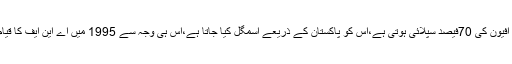
پاکستان میں اینٹی نارکوٹکس فورس منشیات کے پھیلاو کو روکتی ہے،افغانستان سے افیون کی 70فیصد سپلائی ہوتی ہے،اس کو پاکستان کے ذریعے اسمگل کیا جاتا ہے،اس ہی وجہ سے 1995 میں اے این ایف کا قیام عمل میں لایا گیا تاکہ منشیات کے استعمال نقل و حمل اور پھیلائو کو روکا جاسکے۔